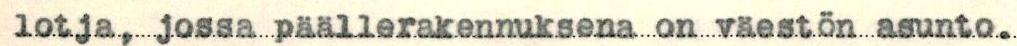
lotja, jossa päällerakennuksena on väestön asunto.